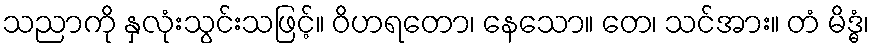
သညာကို နှလုံးသွင်းသဖြင့်။ ဝိဟရတော၊ နေသော။ တေ၊ သင်အား။ တံ မိဒ္ဓံ၊